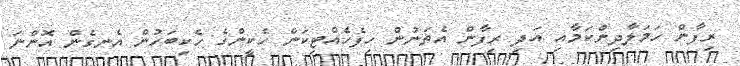
ރިފާން ހަމަލާދިންކަމާއި އަދި ރިފާން އެތަނުން ހިފެހެއްޓިކަން ހެކީންގެ ހެކިބަހުން އެނގެން އޮންނަ